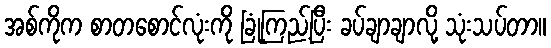
အစ်ကိုက စာတစောင်လုံးကို ခြုံကြည့်ပြီး ခပ်ချာချာလို့ သုံးသပ်တာ။